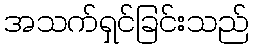
အသက်ရှင်ခြင်းသည်